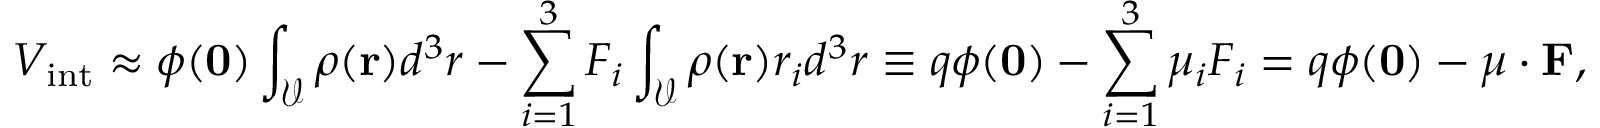
V _ { \mathrm { i n t } } \approx \phi ( \mathbf { 0 } ) \int _ { \mathcal { V } } \rho ( \mathbf { r } ) d ^ { 3 } r - \sum _ { i = 1 } ^ { 3 } F _ { i } \int _ { \mathcal { V } } \rho ( \mathbf { r } ) r _ { i } d ^ { 3 } r \equiv q \phi ( \mathbf { 0 } ) - \sum _ { i = 1 } ^ { 3 } \mu _ { i } F _ { i } = q \phi ( \mathbf { 0 } ) - { \boldsymbol { \mu } } \cdot \mathbf { F } ,